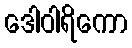
ဒေါဝါရိကော